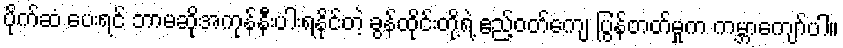
ပိုက်ဆံ ပေးရင် ဘာမဆိုအကုန်နီးပါးရနိုင်တဲ့ ခွန်ထိုင်းတို့ရဲ့ ဧည့်ဝတ်ကျေ ပြွန်တတ်မှုက ကမ္ဘာကျော်ပါ။